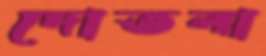
দোতলা